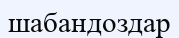
шабандоздар